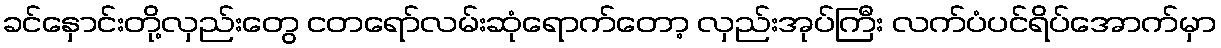
ခင်နှောင်းတို့လှည်းတွေ ငတရော်လမ်းဆုံရောက်တော့ လှည်းအုပ်ကြီး လက်ပံပင်ရိပ်အောက်မှာ